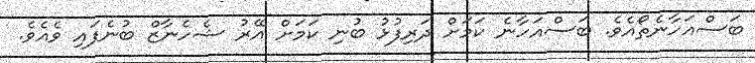
ބަސްއަހާނެތޯއެވެ. ބަސްއަހާނެ ކަމަށް ދަރިފުޅު ބުނި ކަމަށް އޭރު ޝެހެނާޒް ބުނެފައި ވެއެވެ.